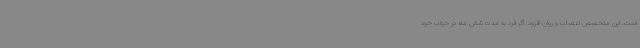
است. این متخصص اعصاب و روان افزود: اگر فرد به مدت شش ماه در خواب خود